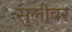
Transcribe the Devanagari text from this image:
सुलीवर